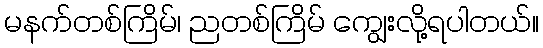
မနက်တစ်ကြိမ်၊ ညတစ်ကြိမ် ကျွေးလို့ရပါတယ်။